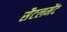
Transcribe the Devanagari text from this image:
सैटलमेंट